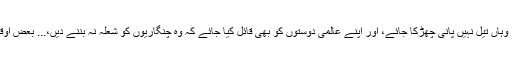
سفارتی سطح پر سرگرم ہو کر سرحدوں کو سرد رکھا جائے، وہاں تیل نہیں پانی چھڑکا جائے، اور اپنے عالمی دوستوں کو بھی قائل کیا جائے کہ وہ چنگاریوں کو شعلہ نہ بننے دیں،... بعض اوقات جنگ جیتنے کے لیے اس سے بچ جانا ضروری ہوتا ہے۔